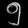
Digit: ၅